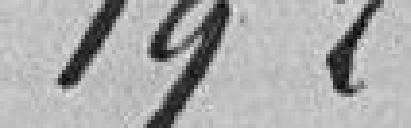
19 236,73